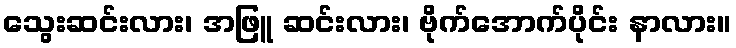
သွေးဆင်းလား၊ အဖြူ ဆင်းလား၊ ဗိုက်အောက်ပိုင်း နာလား။